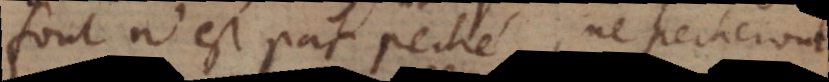
font n’est pas peché, ne pecheront